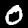
Label: 0